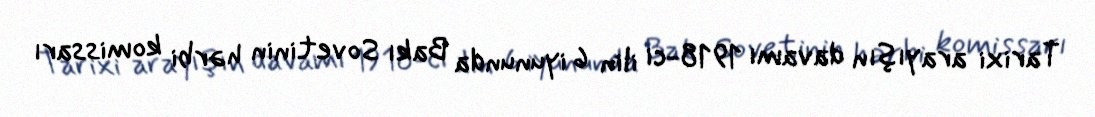
Tarixi arayışın davamı 1918-ci ilin 6 iyununda Bakı Sovetinin hərbi komissarı